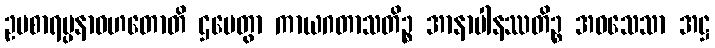
ဥပစာရပ္ပနာဝဟတောတိ ဌပေတွာ ကာယဂတာသတိဉ္စ အာနာပါနဿတိဉ္စ အဝသေသာ အဋ္ဌ